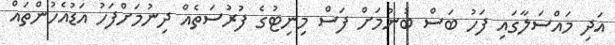
އަދި މައްސަލާގައި ފަހު ބަސް ބުނުމަށް ފަސް މިނިޓުގެ ފުރުސަތެއް ދިނުމަށްފަހު އަޑުއެހުންތައް